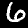
Digit: 6